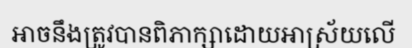
អាចនឹងត្រូវបានពិភាក្សាដោយអាស្រ័យលើ